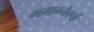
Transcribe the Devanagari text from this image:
ममाग्नेवर्चो